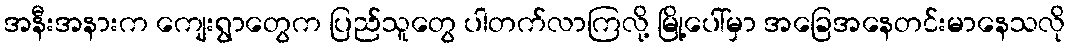
အနီးအနားက ကျေးရွာတွေက ပြည်သူတွေ ပါတက်လာကြလို့ မြို့ပေါ်မှာ အခြေအနေတင်းမာနေသလို